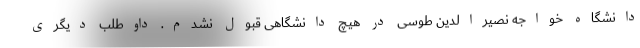
دانشگاه خواجه نصیرالدین طوسی در هیچ دانشگاهی قبول نشدم. داوطلب دیگری